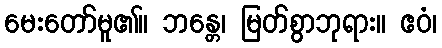
မေးတော်မူ၏။ ဘန္တေ၊ မြတ်စွာဘုရား။ ဧဝံ၊